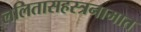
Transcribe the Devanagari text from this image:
ललितासहस्त्रनामात